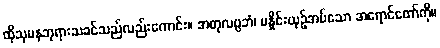
ထိုသုမနဘုရားသခင်သည်လည်းကောင်း။ အတုလပ္ပဘံ၊ မနှိုင်းယှဉ်အပ်သော အရောင်တော်ကို။